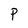
Character: p